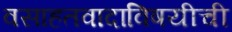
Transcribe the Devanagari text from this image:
वसाहतवादाविषयीची